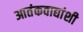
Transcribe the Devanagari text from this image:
आतंकवाद्यांशी